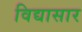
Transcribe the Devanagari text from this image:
विद्यासार